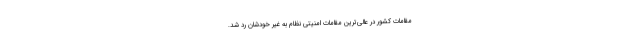
مقامات کشور در عالی‌ترین مقامات امنیتی نظام به غیر خودشان رد شد.